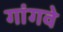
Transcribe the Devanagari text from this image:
गांगवे